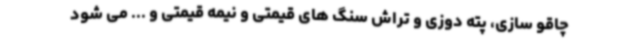
چاقو سازی، پته دوزی و تراش سنگ های قیمتی و نیمه قیمتی و ... می شود